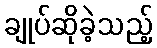
ချုပ်ဆိုခဲ့သည့်